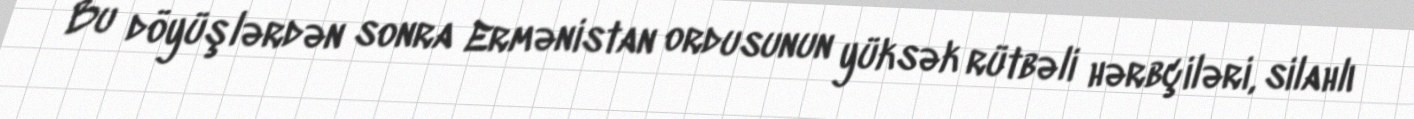
Bu döyüşlərdən sonra Ermənistan ordusunun yüksək rütbəli hərbçiləri, silahlı